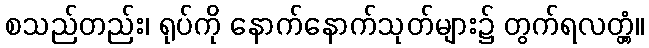
စသည်တည်း၊ ရုပ်ကို နောက်နောက်သုတ်များ၌ တွက်ရလတ္တံ့။